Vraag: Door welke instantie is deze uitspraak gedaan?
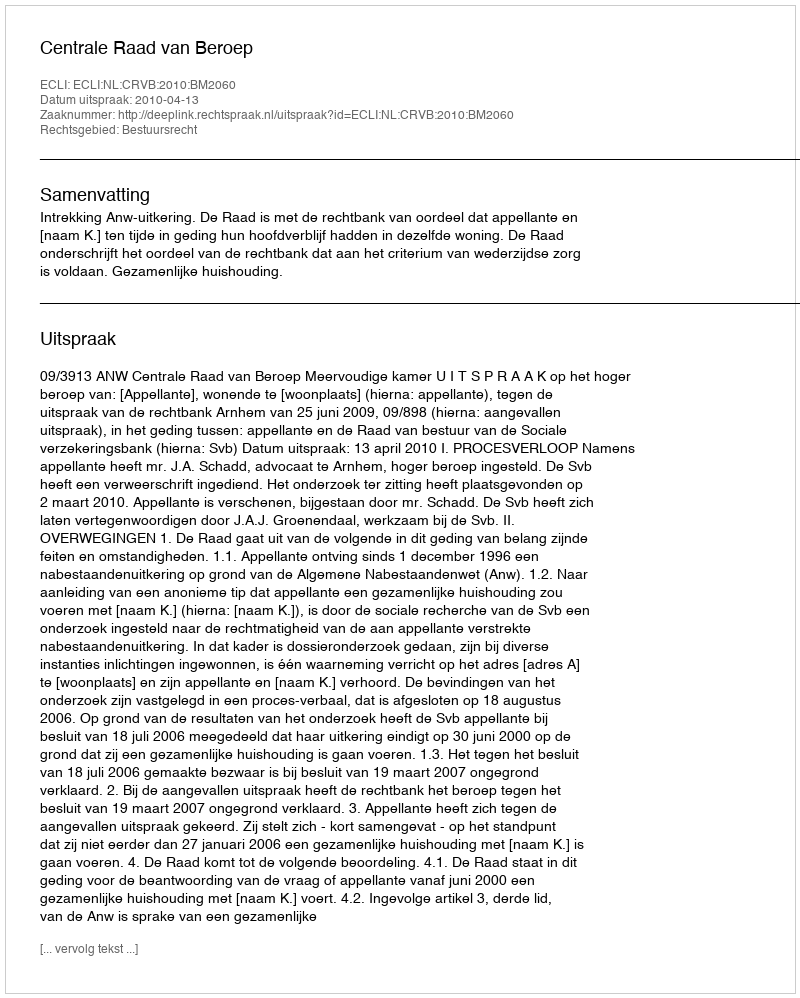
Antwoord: Centrale Raad van Beroep